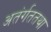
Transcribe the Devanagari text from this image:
अतंर्गततथा